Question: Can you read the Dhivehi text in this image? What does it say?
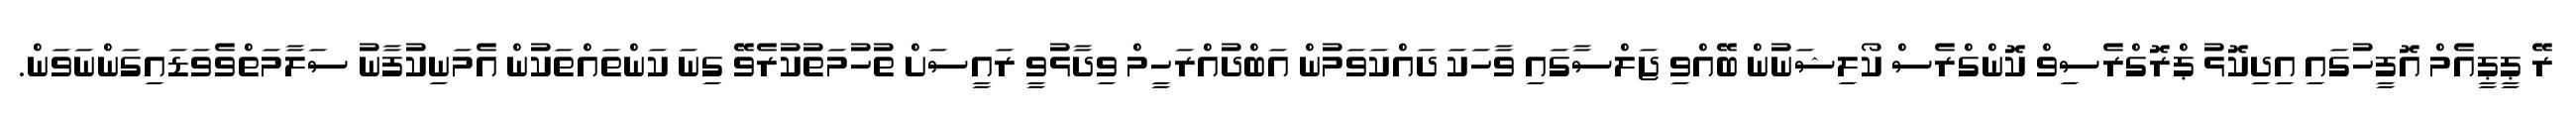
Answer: ރޭ ޕީޕީއެމް އޮފީހުގައި އިދިކޮޅު ޕްރޮގްރެސިވް ކޮންގްރެސް ކޯލިޝަނުން ބޭއްވި ޖަލްސާގައި ވާހަކަ ދައްކަވަމުން އަބްދުއްރަހީމް ވިދާޅުވީ ރައީސަށް ތުހުމަތުކުރެވޭ ގިނަ ކަންތައްތަކުން އެމަނިކުފާނު ސަލާމަތްވެވަޑައިގަންނަވަން.